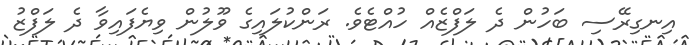
އިނގިރޭސި ބަހުން ދެ ލަފްޒެއް ހުއްޓެވެ. ރަންކުލައިގެ ވޫލުން ވިޔެފައިވާ ދެ ލަފްޒު